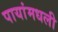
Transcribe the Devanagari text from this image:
पायांमधली